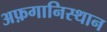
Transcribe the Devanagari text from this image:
अफ़गानिस्थान